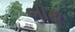
બોથ